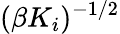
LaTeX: (\beta K_{i})^{-1/2}